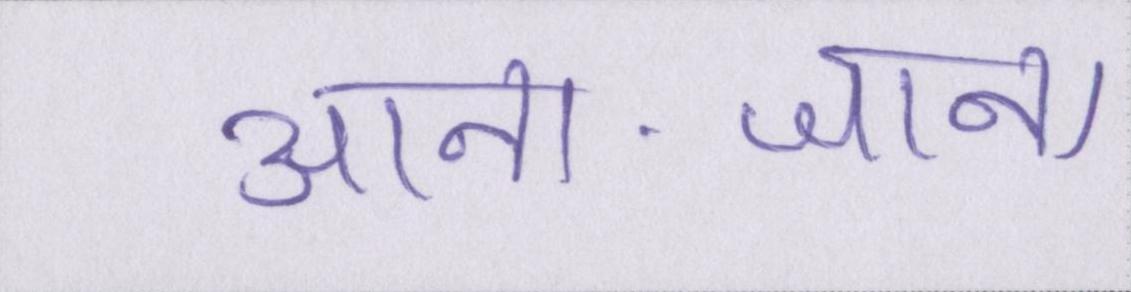
आना-जाना